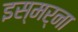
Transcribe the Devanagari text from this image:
इस्मर्ना